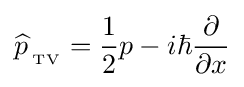
{\widehat {p\,}}_{{}_{\text{TV}}}={\frac {1}{2}}p-i\hbar {\frac {\partial }{\partial x}}